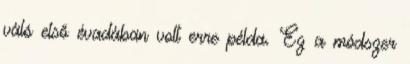
váló első évadában volt erre példa. Ez a módszer